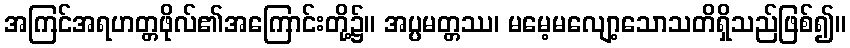
အကြင်အရဟတ္တဖိုလ်၏အကြောင်းတို့၌။ အပ္ပမတ္တဿ၊ မမေ့မလျော့သောသတိရှိသည်ဖြစ်၍။